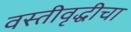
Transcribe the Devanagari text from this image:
वस्तीवृद्धीचा